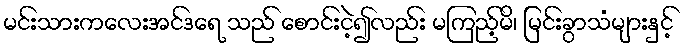
မင်းသားကလေးအင်ဒရေ သည် စောင်းငဲ့၍လည်း မကြည့်မိ၊ မြင်းခွာသံများနှင့်